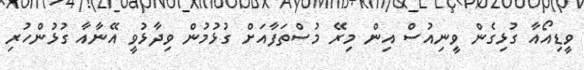
ވީޑިއޯއާ ގުޅިގެން ވީނިއުސް އިން މިރޭ މުސްތަފާއަށް ގުޅުމުން ވިދާޅުވީ އޭނާއާ ގުޅުންހުރި